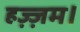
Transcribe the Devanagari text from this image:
हज़्ज़म।